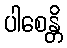
ပါစေန္တိ